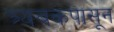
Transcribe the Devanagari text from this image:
त्र्यंबकपासून